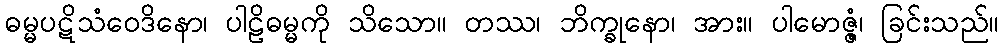
ဓမ္မပဋိသံဝေဒိနော၊ ပါဠိဓမ္မကို သိသော။ တဿ၊ ဘိက္ခုနော၊ အား။ ပါမောဇ္ဇံ၊ ခြင်းသည်။